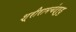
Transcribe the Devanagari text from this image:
श्रीरामचंद्रुडु